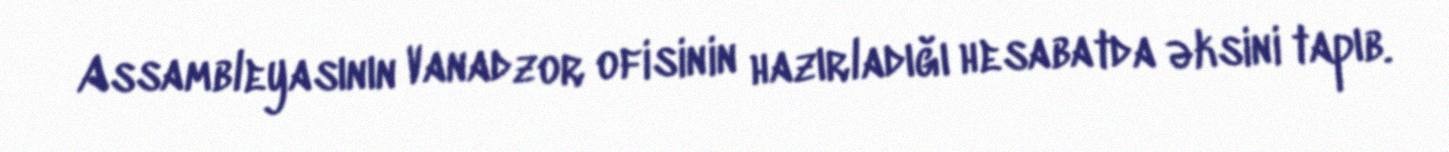
Assambleyasının Vanadzor ofisinin hazırladığı hesabatda əksini tapıb.